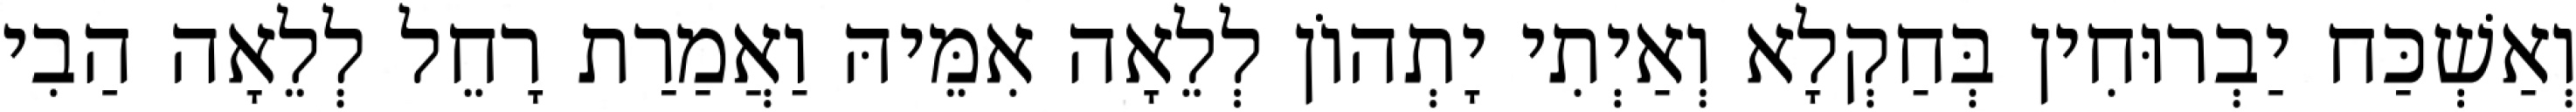
וְאַשְׁכַּח יַבְרוּחִין בְּחַקְלָא וְאַיְתִי יָתְהוֹן לְלֵאָה אִמֵּיהּ וַאֲמַרַת רָחֵל לְלֵאָה הַבִי